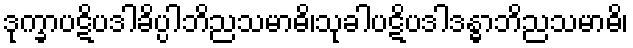
ဒုက္ခာပဋိပဒါခိပ္ပါဘိညသမာဓိ၊သုခါပဋိပဒါဒန္ဓာဘိညသမာဓိ၊